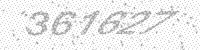
Solution: 361627